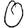
Digit: 0